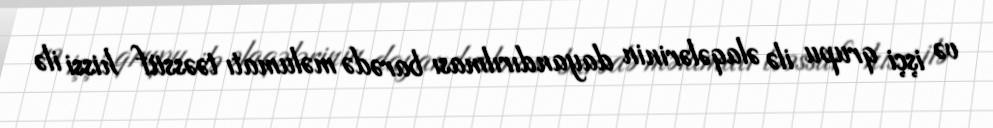
və işçi qrupu ilə əlaqələrinin dayandırılması barədə məlumatı təəssüf hissi ilə